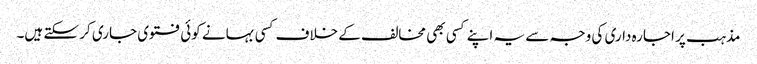
مذہب پر اجارہ داری کی وجہ سے یہ اپنے کسی بھی مخالف کے خلاف کسی بہانے کوئی فتوی جاری کر سکتے ہیں۔